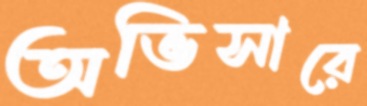
অভিসারে